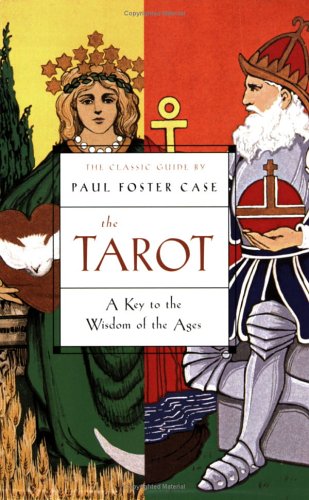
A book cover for The Tarot: A Key to the Wisdom of the Ages; Paul Foster Case; Religion & Spirituality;